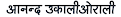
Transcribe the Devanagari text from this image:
आनन्द उकालीओराली